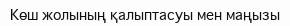
Көш жолының қалыптасуы мен маңызы